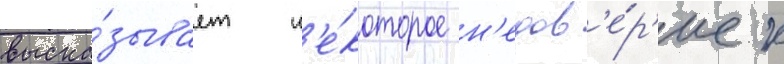
выска́зывает н'е́которое н'едов'е́р'ие к